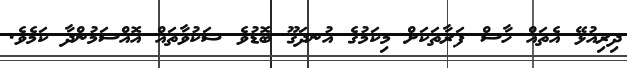
ދިރިއުޅޭ އެތައް ހާސް ފަރާތަކަށް މިކަމުގެ އުނދަގޫ ބޮޑުވެ ޝަކުވާތައް އޮއްސަމުންދާ ކަމެވެ.